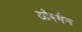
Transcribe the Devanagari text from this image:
डोरमैन